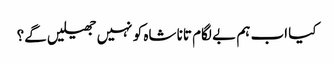
کیا اب ہم بے لگام تانا شاہ کو نہیں جھیلیں گے؟